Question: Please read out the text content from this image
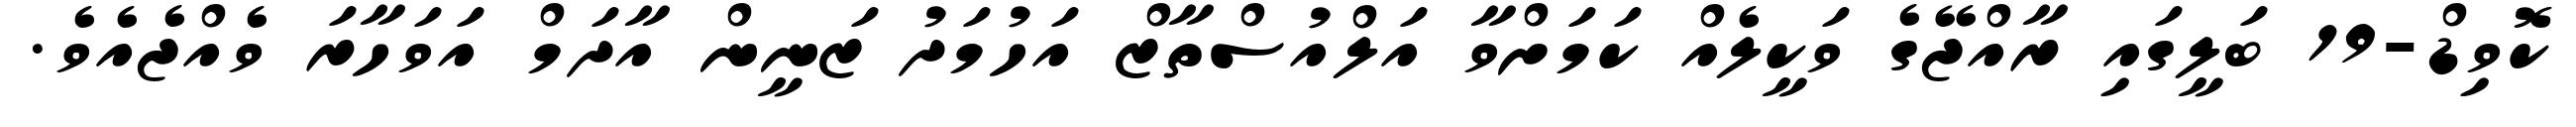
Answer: ކޮވިޑް-19 ބަލީގައި ރާއްޖޭގެ ވަކީލެއް ކަމަށްވާ އަލްއުސްތާޒް އަހުމަދު ޒަނީން އާދަމް އަވަހާރަ ވެއްޖެއެވެ.